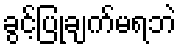
ခွင့်ပြုချက်မရဘဲ